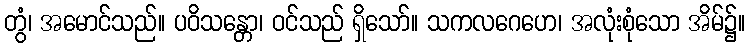
တွံ၊ အမောင်သည်။ ပဝိသန္တော၊ ဝင်သည် ရှိသော်။ သကလဂေဟေ၊ အလုံးစုံသော အိမ်၌။